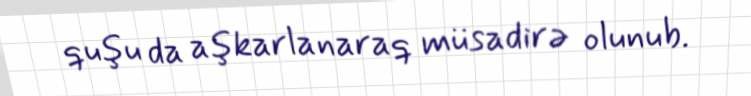
quşu da aşkarlanaraq müsadirə olunub.